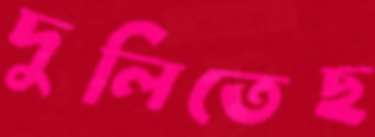
দুলিতেছ